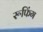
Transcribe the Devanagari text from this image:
रूफिंग